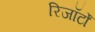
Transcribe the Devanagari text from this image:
रिजॉर्टों